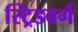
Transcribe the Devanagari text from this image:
स्ट्रिडवर्ग